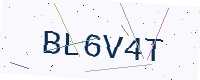
Text: BL6V4T